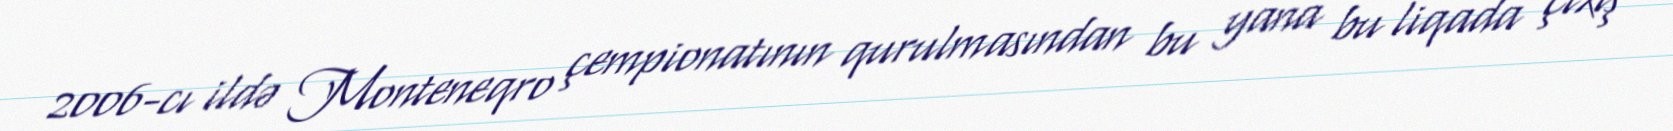
2006-cı ildə Monteneqro çempionatının qurulmasından bu yana bu liqada çıxış